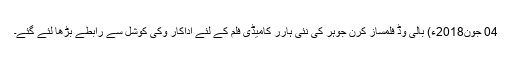
04 جون2018ء) بالی وڈ فلمساز کرن جوہر کی نئی ہارر کامیڈی فلم کے لئے اداکار وکی کوشل سے رابطے بڑھا لئے گئے۔